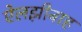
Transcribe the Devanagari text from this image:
ऐलझ़ीबाह